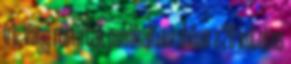
írt, vagy róla írtak publikáltam abban a 20 kötetes